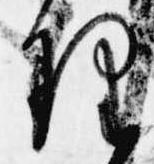
理